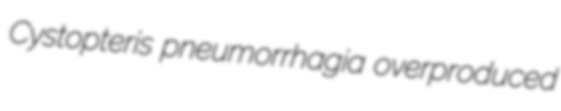
Cystopteris pneumorrhagia overproduced